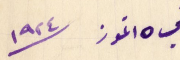
في ١٥ تموز ١٩٢٤